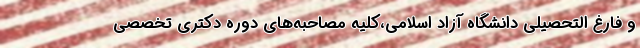
و فارغ التحصیلی دانشگاه آزاد اسلامی،کلیه مصاحبه‌های دوره دکتری تخصصی